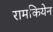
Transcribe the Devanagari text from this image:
रामकियेन